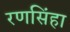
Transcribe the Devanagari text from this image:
रणसिंहा